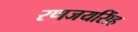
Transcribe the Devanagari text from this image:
रणजयसिंह